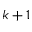
k + 1